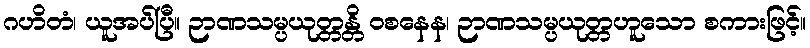
ဂဟိတံ၊ ယူအပ်ပြီ။ ဉာဏသမ္ပယုတ္တန္တိ ဝစနေန၊ ဉာဏသမ္ပယုတ္တဟူသော စကားဖြင့်။